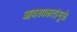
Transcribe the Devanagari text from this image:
आवश्यकतांमुळे